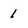
Character: 1